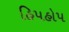
હિપહોપ